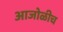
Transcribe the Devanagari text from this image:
आजोळीच